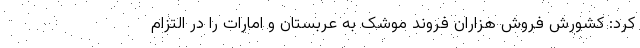
کرد: کشورش فروش هزاران فروند موشک به عربستان و امارات را در التزام